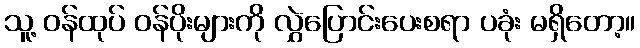
သူ့ ဝန်ထုပ် ဝန်ပိုးများကို လွှဲပြောင်းပေးစရာ ပခုံး မရှိတော့။